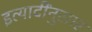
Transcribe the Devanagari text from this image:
इत्यादींनुसार